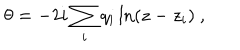
\theta = - 2 i \sum _ { i } q _ { i } \ln ( z - z _ { i } ) \ ,